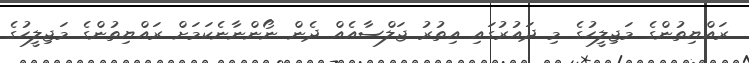
ރައްޔިތުންގެ މަޖިލީހުގެ މި ދައުރުގައި އިތުރު ޖަލްސާއެއް ދެން ނޯންނާނެކަމަށް ރައްޔިތުންގެ މަޖިލީހުގެ